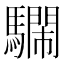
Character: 𩦔